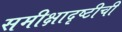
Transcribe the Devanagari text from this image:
समीक्षादृष्टीची